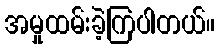
အမှုထမ်းခဲ့ကြပါတယ်။